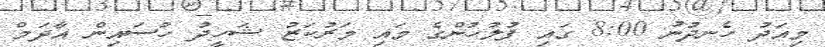
މިއަދު ހެނދުނު 8:00 ގައި ފުލުހުންގެ މައި މަރުކަޒު ޝަހީދު ހުސައިން އާދަމް